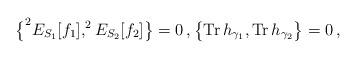
LaTeX: \begin{align*}\big\{^2E_{S_1}[f_1],^2E_{S_2}[f_2]\big\}=0\,,\big\{\mathrm{Tr}\,h_{\gamma_1},\mathrm{Tr}\,h_{\gamma_2} \big\}=0\,,\end{align*}